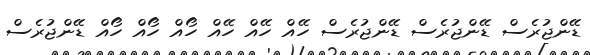
ޑޭންޖުރެސް ޑޭންޖުރެސް ޑޭންޖުރެސް ހޭއް ހޭއް ހޭއް ހޯއް ހޯއް ހޯއް ޑޭންޖުރެސް